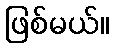
ဖြစ်မယ်။